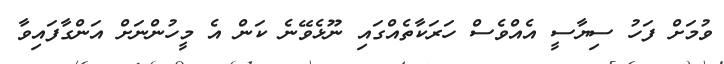
ވުމަށް ފަހު ސިޔާސީ އެއްވެސް ހަރަކާތެއްގައި ނޫޅެވޭނެ ކަން އެ މީހުންނަށް އަންގާފައިވާ